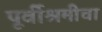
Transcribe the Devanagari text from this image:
पूर्वीश्रमीचा